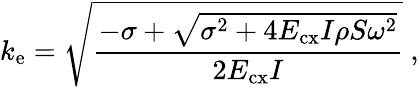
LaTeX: k_{\mathrm{e}}=\sqrt{\frac{-\sigma+\sqrt{\sigma^{2}+4E_{\mathrm{cx}}I\rho S\omega^{2}}}{2E_{\mathrm{cx}}I}}~,